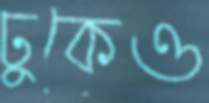
ঢুকেও